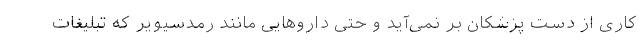
کاری از دست پزشکان بر نمی‌آید و حتی داروهایی مانند رمدسیویر که تبلیغات